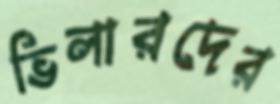
ভিলারদের